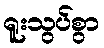
ရူးသွပ်စွာ